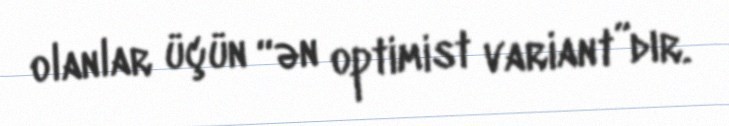
olanlar üçün “ən optimist variant”dır.